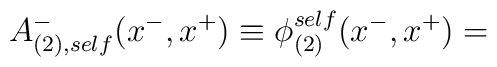
A_{(2),self}^{-}(x^{-},x^{+}) \equiv {\phi}_{(2)}^{self}(x^{-},x^{+})=